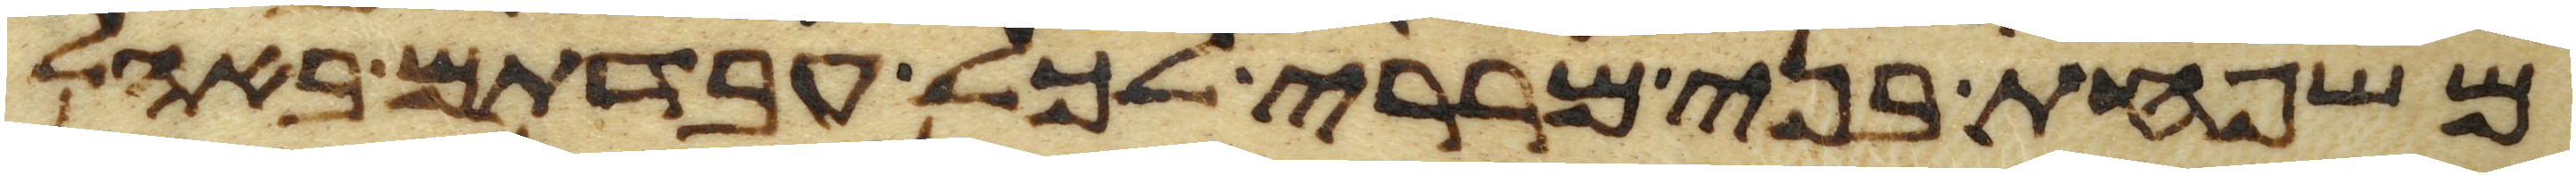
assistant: משפחת בני מררי לכל עבדתם באהל